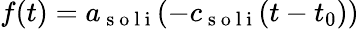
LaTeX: f(t)=a_{\mathrm{~s~o~l~i~}}(-c_{\mathrm{~s~o~l~i~}}(t-t_{0}))